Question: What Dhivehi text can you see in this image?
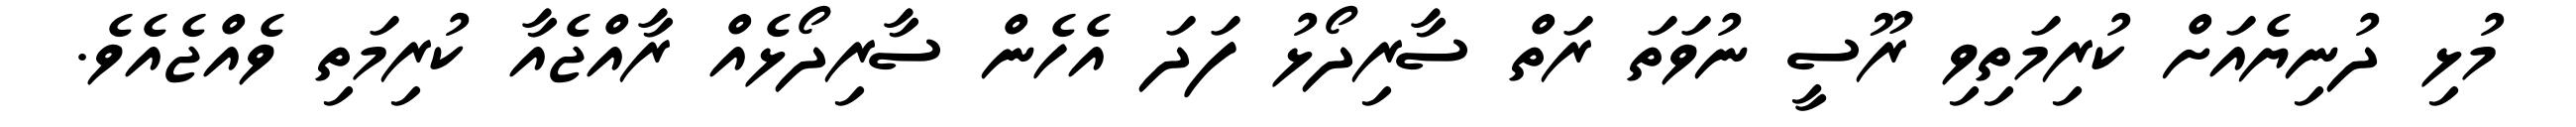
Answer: މުޅި ދުނިޔެއަށް ކުރިމަތިވި ރޫސީ ނުވަތަ ރަތް ސާރިދޯޅު ފަދަ އެހެން ސާރިދޯޅެއް ރާއްޖެއާ ކުރިމަތި ވެއްޖެއެވެ.